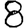
Digit: 8